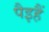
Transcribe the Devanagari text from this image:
पैइहैं